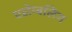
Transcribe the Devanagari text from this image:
एसेम्बलिंग